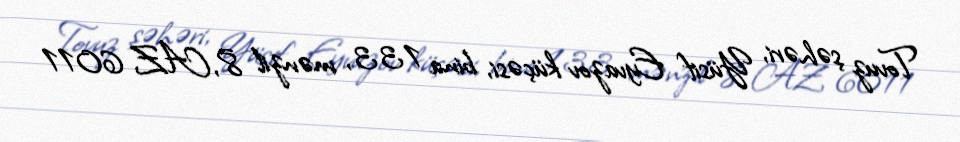
Tovuz şəhəri, Yüsif Eyvazov küçəsi, bina 133, mənzil 8, AZ 6011